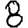
Digit: 8